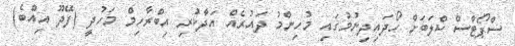
ސްޕޯޓްސް ކްލަބަށް ހޯދައިދިނުމުގައި މުހިންމު ދައުރެއް އަދާކުރި އިބްރާހިމް މަހުދީ (ފޭދޫ އިއްބެ)